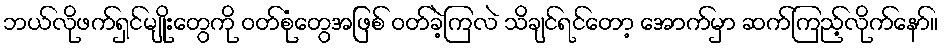
ဘယ်လိုဖက်ရှင်မျိုးတွေကို ဝတ်စုံတွေအဖြစ် ဝတ်ခဲ့ကြလဲ သိချင်ရင်တော့ အောက်မှာ ဆက်ကြည့်လိုက်နော်။